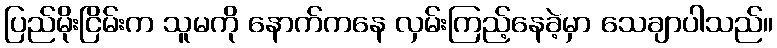
ပြည်မိုးငြိမ်းက သူမကို နောက်ကနေ လှမ်းကြည့်နေခဲ့မှာ သေချာပါသည်။